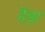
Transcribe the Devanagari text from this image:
हेड़ा